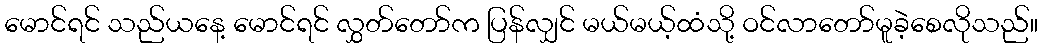
မောင်ရင် သည်ယနေ့ မောင်ရင် လွှတ်တော်က ပြန်လျှင် မယ်မယ့်ထံသို့ ဝင်လာတော်မူခဲ့စေလိုသည်။